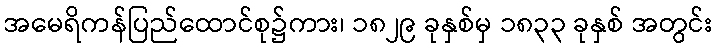
အမေရိကန်ပြည်ထောင်စု၌ကား၊ ၁၈၂၉ ခုနှစ်မှ ၁၈၃၃ ခုနှစ် အတွင်း